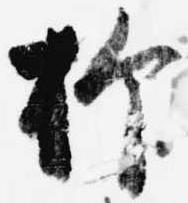
抑